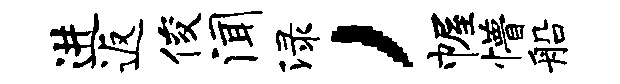
进返俊闻渌，幄懵船